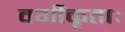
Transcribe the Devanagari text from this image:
वर्गीकृताः